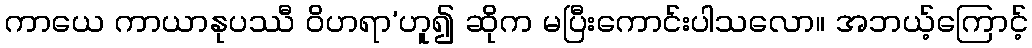
ကာယေ ကာယာနုပဿီ ဝိဟရာ’ဟူ၍ ဆိုက မပြီးကောင်းပါသလော။ အဘယ့်ကြောင့်